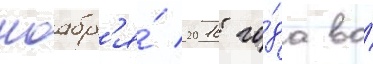
ноабр'я́ 2016 го́да во́